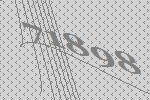
71898